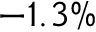
- 1 . 3 \%